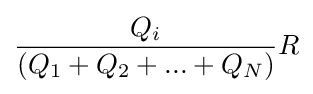
{\frac {Q_{i}}{(Q_{1}+Q_{2}+...+Q_{N})}}R